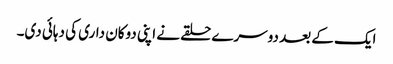
ایک کے بعد دوسرے حلقے نے اپنی دوکان داری کی دہائی دی۔